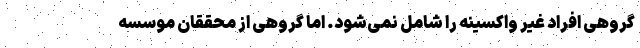
گروهی افراد غیر واکسینه را شامل نمی‌شود. اما گروهی از محققان موسسه